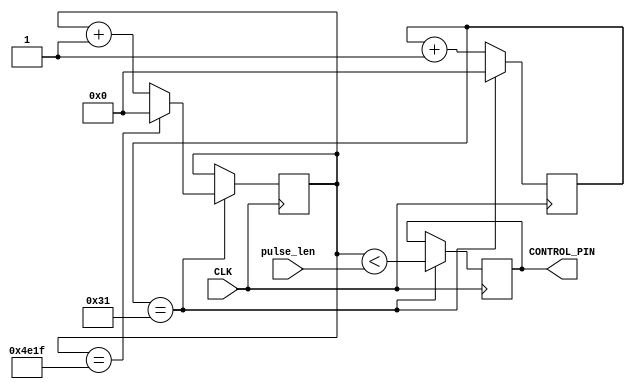
// This program was cloned from: https://github.com/simonmonk/prog_fpgas
// License: MIT License

module servo(
    input CLK,
    input [15:0] pulse_len,  // microseconds
    output reg CONTROL_PIN
    );
	 
parameter CLK_F = 50; // CLK freq in MHz

reg [15:0] prescaler;
reg [15:0] count = 0;

always @(posedge CLK)
begin
  prescaler <= prescaler + 1;
  if (prescaler == CLK_F - 1) 
  begin
    prescaler <= 0;
    count <= count + 1;
    CONTROL_PIN <= (count < pulse_len);
	 if (count == 19999) // 20 milliseconds
    begin
        count <= 0;
    end
  end
end

endmodule